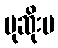
မုဆိုးမ